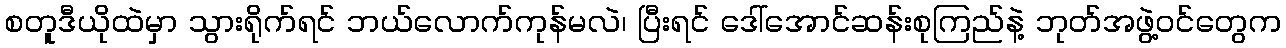
စတူဒီယိုထဲမှာ သွားရိုက်ရင် ဘယ်လောက်ကုန်မလဲ၊ ပြီးရင် ဒေါ်အောင်ဆန်းစုကြည်နဲ့ ဘုတ်အဖွဲ့ဝင်တွေက